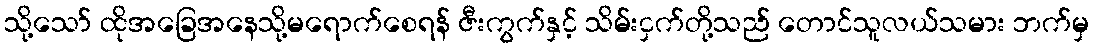
သို့သော် ထိုအခြေအနေသို့မရောက်စေရန် ဇီးကွက်နှင့် သိမ်းငှက်တို့သည် တောင်သူလယ်သမား ဘက်မှ